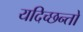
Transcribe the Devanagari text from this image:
यदिच्छन्तो